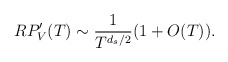
\begin{align*} RP_V'(T) \sim \frac{1}{T^{d_s/2}}(1+O(T)).\end{align*}